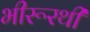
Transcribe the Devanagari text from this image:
भीरूरथी